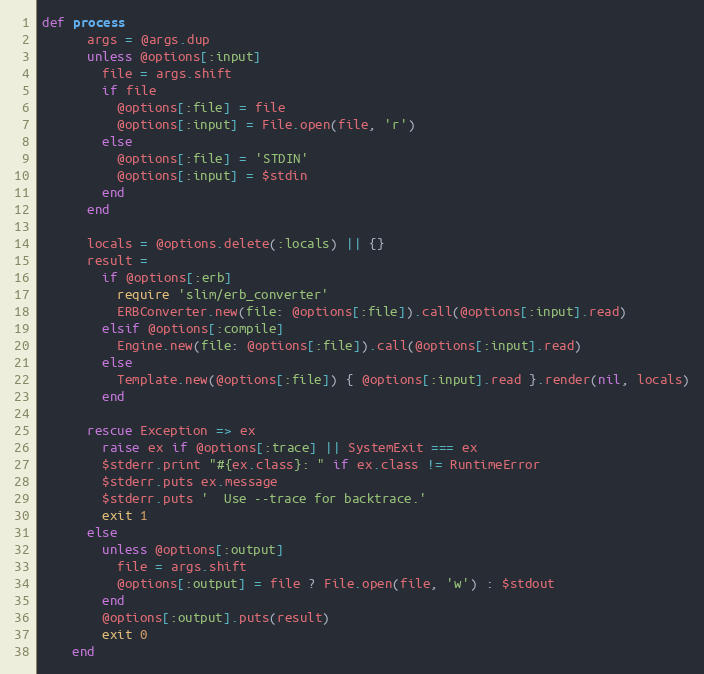
Language: Ruby
def process
      args = @args.dup
      unless @options[:input]
        file = args.shift
        if file
          @options[:file] = file
          @options[:input] = File.open(file, 'r')
        else
          @options[:file] = 'STDIN'
          @options[:input] = $stdin
        end
      end

      locals = @options.delete(:locals) || {}
      result =
        if @options[:erb]
          require 'slim/erb_converter'
          ERBConverter.new(file: @options[:file]).call(@options[:input].read)
        elsif @options[:compile]
          Engine.new(file: @options[:file]).call(@options[:input].read)
        else
          Template.new(@options[:file]) { @options[:input].read }.render(nil, locals)
        end

      rescue Exception => ex
        raise ex if @options[:trace] || SystemExit === ex
        $stderr.print "#{ex.class}: " if ex.class != RuntimeError
        $stderr.puts ex.message
        $stderr.puts '  Use --trace for backtrace.'
        exit 1
      else
        unless @options[:output]
          file = args.shift
          @options[:output] = file ? File.open(file, 'w') : $stdout
        end
        @options[:output].puts(result)
        exit 0
    end